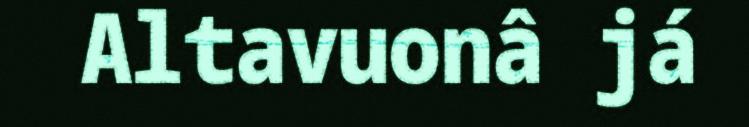
Altavuonâ já